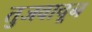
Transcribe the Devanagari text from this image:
तुजवाचून